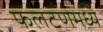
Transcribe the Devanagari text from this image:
फलटणमध्ये